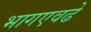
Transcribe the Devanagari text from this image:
भागएवढे